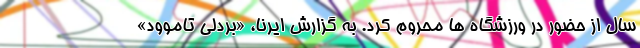
سال از حضور در ورزشگاه ها محروم کرد. به گزارش ایرنا، «بردلی تاموود»